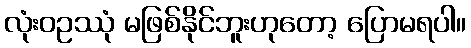
လုံးဝဥဿုံ မဖြစ်နိုင်ဘူးဟုတော့ ပြောမရပါ။